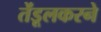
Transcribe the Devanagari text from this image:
तेंडूलकरने